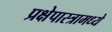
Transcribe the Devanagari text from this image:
प्रक्षेपास्त्रामध्ये